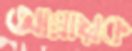
আঘ্রায়ক